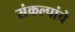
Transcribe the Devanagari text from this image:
संकल्पांचे